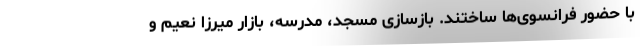
با حضور فرانسوی‌ها ساختند. بازسازی مسجد، مدرسه، بازار میرزا نعیم و